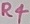
Text: R4